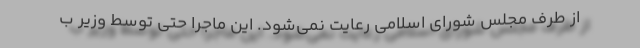
از طرف مجلس شورای اسلامی رعایت نمی‌شود. این ماجرا حتی توسط وزیر ب